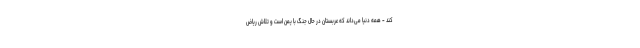
کند - همه دنیا می‌داند که عربستان در حال جنگ با یمن است و تلاش ریاض